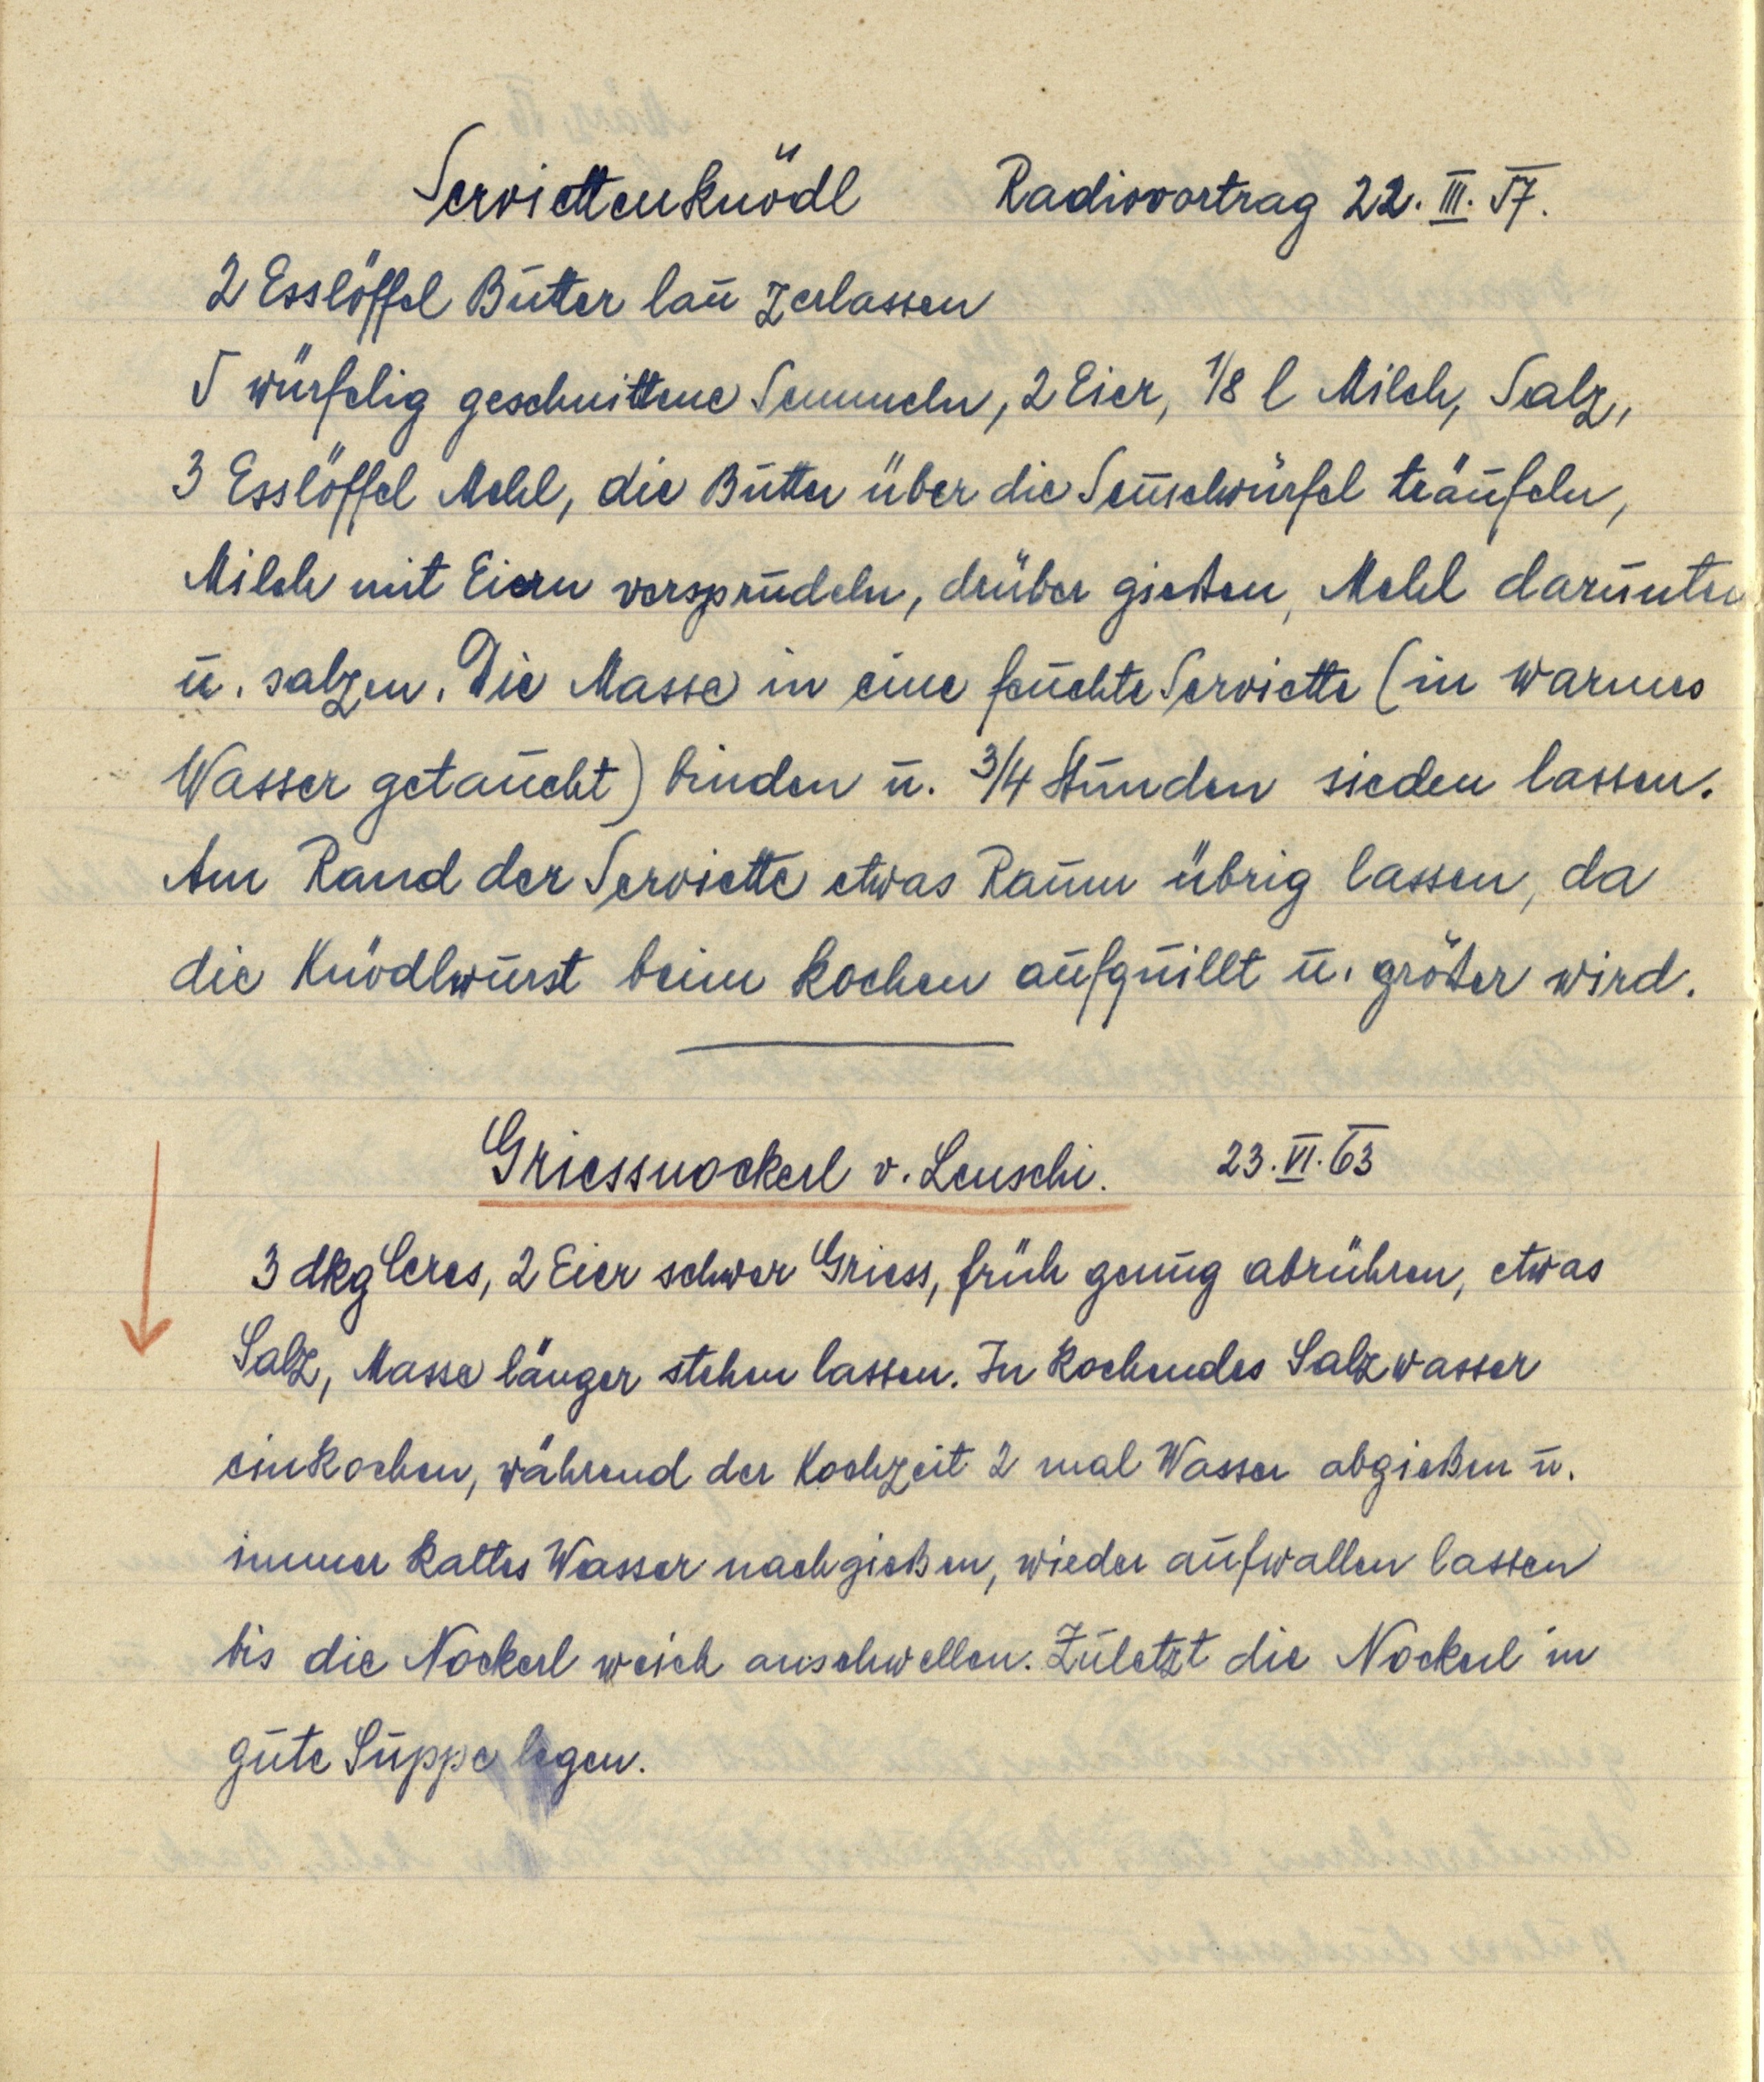
Serviettenknödel Radiovortrag 22.III.57.
2 Esslöffel Butter lau zerlassen
5 würflig geschnittene Semmeln, 2 Eier, ⅛ l Milch, Salz
3 Esslöffel Mehl, die Butter über die Semelwürfel träufeln,
Milch mit Eiern versprudeln, drüber gießen, Mehl darunter
u. salzen. Die Masse in eine feuchte Serviette (in warmes
Wasser getaucht) binden u. ¾ Stunden sieden lassen.
Am Rand der Serviette etwas Raum übrig lassen, da
die Knödlwurst beim kochen aufquillt und größer wird.

Griessnockerl v. Leuschi. 23.VI.63
3 dkg Ceres, 2 Eier schwer Griess, früh genug abrühren, etwas
Salz, Masse länger stehen lassen. In kochendes Salzwasser
einkochen, während der Kochzeit 2 mal Wasser abgießen u.
immer kaltes Wasser nachgießen, wieder aufwallen lassen
bis die Nockerl weich anschwellen. Zuletzt die Nockerl in
gute Suppe legen.